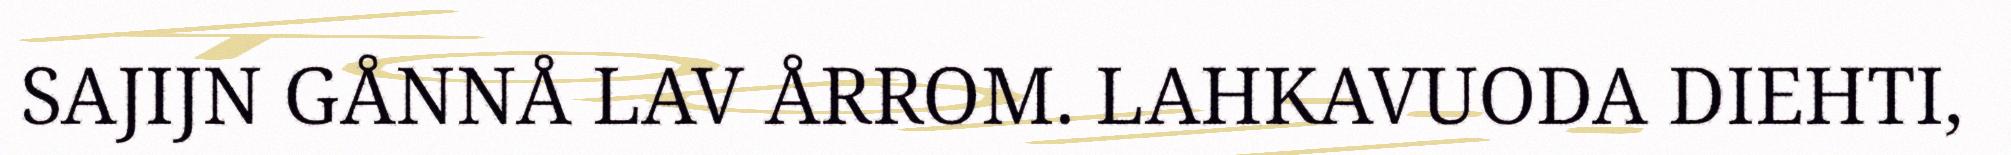
SAJIJN GÅNNÅ LAV ÅRROM. LAHKAVUODA DIEHTI,